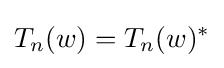
T_{n}(w)=T_{n}(w)^{\ast }